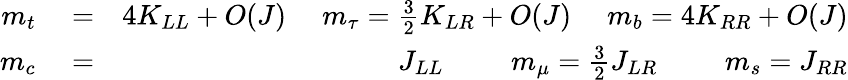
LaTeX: \begin{array}{rlr}{m_{t}}&{{}=}&{4K_{LL}+O(J)\, \; \; \; \; m_{\tau}=\frac{3}{2}K_{LR}+O(J)\, \; \; \; \; m_{b}=4K_{RR}+O(J)}\\ {m_{c}}&{{}=}&{J_{LL}\, \; \; \; \; \; \; \; \; m_{\mu}=\frac{3}{2}J_{LR}\, \; \; \; \; \; \; \; \; m_{s}=J_{RR}}\end{array}